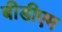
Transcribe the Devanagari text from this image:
बीडीएम